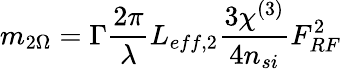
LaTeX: m_{2\Omega}=\Gamma\frac{2\pi}{\lambda}L_{eff,2}\frac{3\chi^{(3)}}{4n_{si}}F_{RF}^{2}